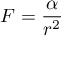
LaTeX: F = { \frac { \alpha } { r ^ { 2 } } }